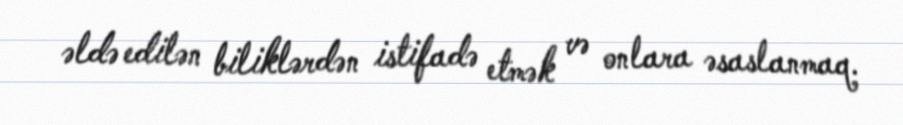
əldə edilən biliklərdən istifadə etmək və onlara əsaslanmaq.